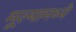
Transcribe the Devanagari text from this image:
मूल्यामध्ये